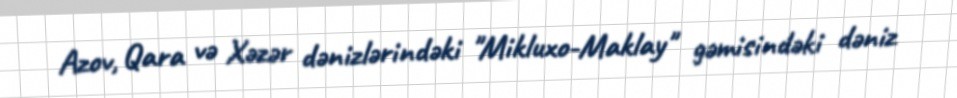
Azov, Qara və Xəzər dənizlərindəki "Mikluxo-Maklay" gəmisindəki dəniz